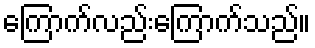
ကြောက်လည်းကြောက်သည်။